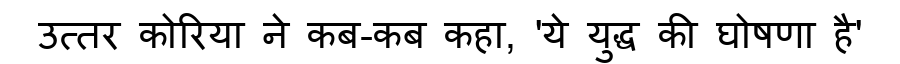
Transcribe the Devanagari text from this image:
उत्तर कोरिया ने कब-कब कहा, 'ये युद्ध की घोषणा है'